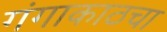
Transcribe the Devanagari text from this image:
गंगाकाठचा